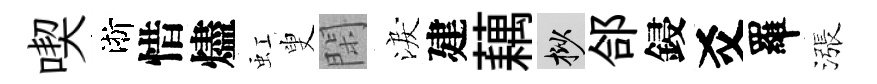
喫淅惜燼虹叟閑淚建藕挲郃鋟爻羅漲